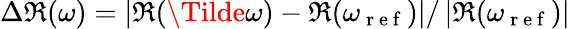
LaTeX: \Delta\Re(\omega)=\left|\Re(\Tilde{\omega})-\Re(\omega_{\mathrm{~r~e~f~}})\right|/\left|\Re(\omega_{\mathrm{~r~e~f~}})\right|